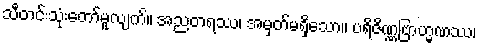
သီတင်းသုံးတော်မူလျက်။ အညတရဿ၊ အမှတ်မရှိသော။ ပရိဇိဏ္ဏဗြာဟ္မဏဿ၊